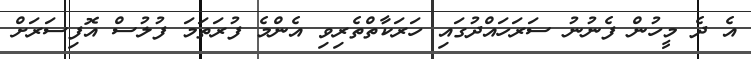
އެ ދެ މީހުން ފެނުނު ސަރަހައްދުގައި ހަރަކާތްތެރިވި އެންމެ ފުރަތަމަ ފުލުސް އޮފިސަރަށް